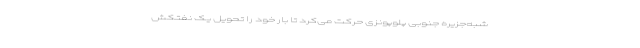
شبه‌جزیره جنوبی پلوپونزی حرکت می‌کرد تا بار خود را تحویل یک نفتکش